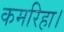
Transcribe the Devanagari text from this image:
कमरिहा।